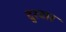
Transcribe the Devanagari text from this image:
दुश्‍वार